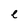
Character: e